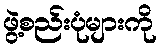
ဖွဲ့စည်းပုံများကို